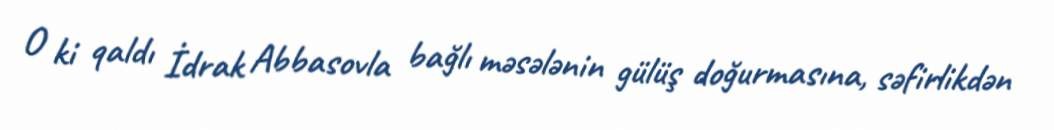
O ki qaldı İdrak Abbasovla bağlı məsələnin gülüş doğurmasına, səfirlikdən